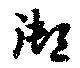
御